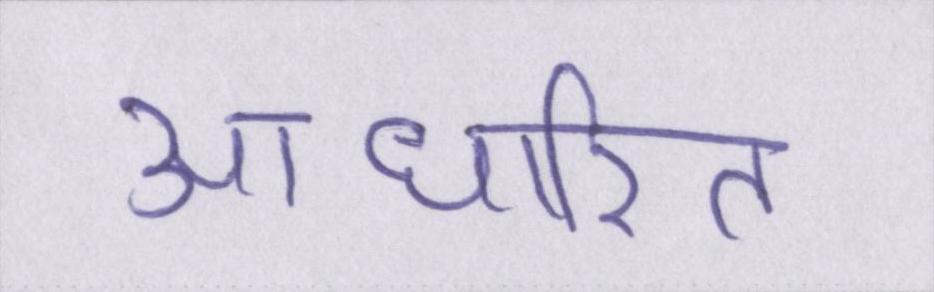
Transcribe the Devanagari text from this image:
आधारित